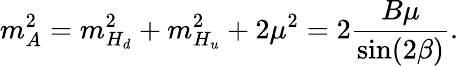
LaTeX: m_{A}^{2}=m_{H_{d}}^{2}+m_{H_{u}}^{2}+2\mu^{2}=2{\frac{B\mu}{\sin(2\beta)}}.